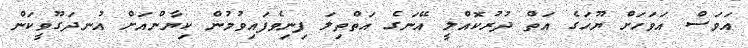
އަވަސް އަވަހަށް ޔޫހަގެ އަތް ދުރުކޮއްލީ އޭނަގެ އަތްތިލަ ފިނިވެފައިވުމުން ކިޔާންއަށް އުނދަގޫވީކަން